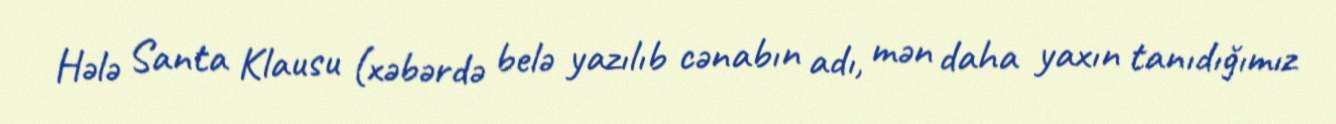
Hələ Santa Klausu (xəbərdə belə yazılıb cənabın adı, mən daha yaxın tanıdığımız